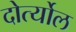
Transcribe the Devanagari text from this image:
दोर्त्योल